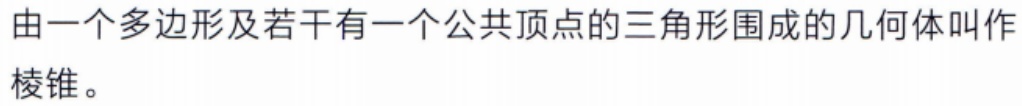
由一个多边形及若干有一个公共顶点的三角形围成的几何体叫作棱锥。